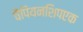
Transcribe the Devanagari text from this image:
चैंपियनशिपएक